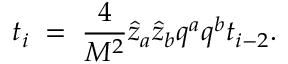
t _ { i } \; = \; { \frac { 4 } { M ^ { 2 } } } \hat { z } _ { a } \hat { z } _ { b } q ^ { a } q ^ { b } t _ { i - 2 } .